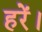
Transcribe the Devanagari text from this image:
हरें।